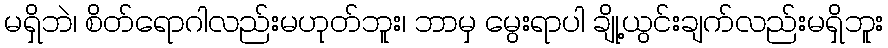
မရှိဘဲ၊ စိတ်ရောဂါလည်းမဟုတ်ဘူး၊ ဘာမှ မွေးရာပါ ချို့ယွင်းချက်လည်းမရှိဘူး